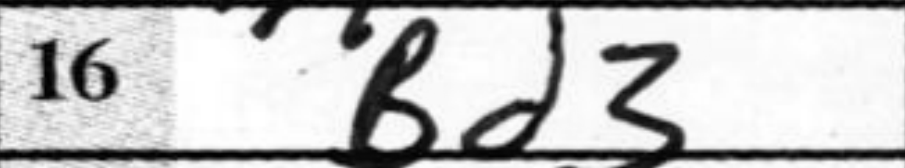
Transcription: Bd3